Vaccination report Assam 1896-1927 - 1896-1927
Year: 1896
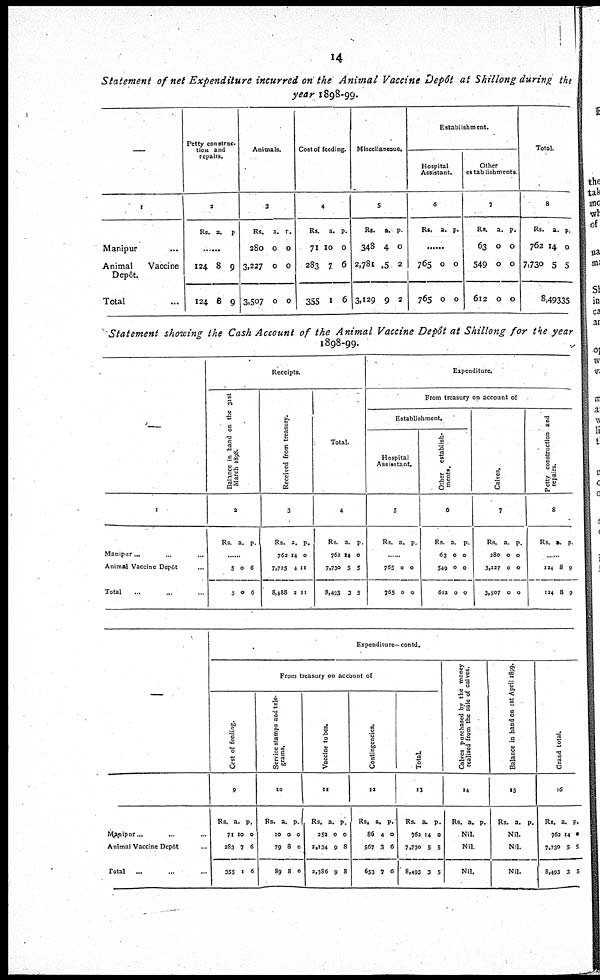
14
Statement of net Expenditure incurred on the Animal Vaccine Depôt at Shillong during the
year 1898-99.
—
1
Manipur...
Animal
Vaccine
Depôt.
Total...
Petty construc-
tion and
repairs.
2
Rs. a. p.
......
124
124
8
8
9
9
Animals.
3
Rs.
280
3,227
3,507
a.
0
0
0
p.
0
0
0
Cost of feeding.
4
Rs.
71
283
355
a.
10
7
1
p.
0
6
6
Miscellaneous.
5
Rs.
348
2,781
3,129
a.
4
.5
9
p.
0
2
2
Establishment.
Hospital
Assistant.
6
Rs. a. p.
......
765
765
0
0
0
0
Other
establishments
7
Rs.
63
549
612
a.
0
0
0
p.
0
0
0
Total.
8
Rs.
762
7,730
a.
14
5
p.
0
5
8,49335
Statement showing the Cash Account of the Animal Vaccine Depôt at Shillong for the year
1898-99.
—
1
Manipur... ... ...
Animal Vaccine Depôt... ...
Total...
Receipts.
Balance in hand on the 31st
March 1898.
2
Rs. a. p.
......
5
5
0
0
6
6
Received from
treasury.
3
Rs.
762
7,725
8,488
a.
14
4
2
p.
0
11
11
Total.
4
Rs.
762
7,730
8,493
a.
14
5
3
p.
0
5
5
Expenditure.
From treasury on account of
Establishment.
Hospital
Assisstant.
5
Rs. a. p.
......
765
765
0
0
0
0
Other establish-
ments.
6
Rs.
63
549
612
a.
0
0
0
p.
0
0
0
Calves.
7
Rs.
280
3,227
3,507
a.
0
0
0
p.
0
0
0
Pr
re 8
Rs. a. p.
124
124
8
8
9
9
—
Manipur... ... ...
Animal Vaccine Depôt...
Total
...
Expenditure—contd.
From treasury on account of
Cost of feeding.
9
Rs.
71
283
355
a.
10
7
1
p.
0
6
6
Service stamps and tele-
grams.
10
Rs.
10
79
89
a.
0
8
8
p.
0
0
0
Vaccine tubes.
11
Rs.
253
2,134
2,386
a.
0
9
9
p.
0
8
8
Contingencies.
12
Rs.
86
567
653
a.
4
3
7
p.
0
6
6
Total.
13
Rs.
762
7,730
8,493
a.
14
5
3
p.
0
5
5
Calves purchased by the money
realised from the sale of calves.
14
Rs. a. p.
Nil.
Nil.
Nil.
Balance in hand on 1st April 1899.
15
Rs. a. p.
Nil.
Nil.
Nil.
Grand total.
16
Rs.
762
7,730
8,493
a.
14
5
3
p.
*
5
5